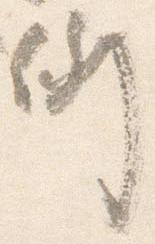
例